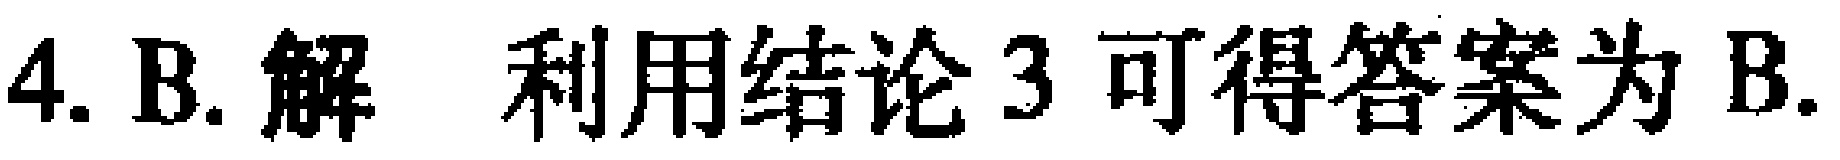
4. B. 解 利用结论 3 可得答案为 B.